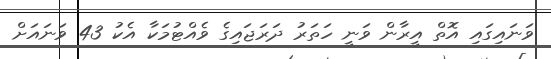
ވަނައިގައި އޮތް އީރާން ވަނީ ހަތަރު ދަރަޖައިގެ ވެއްޓުމަކާ އެކު 43 ވަނައަށް